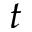
t